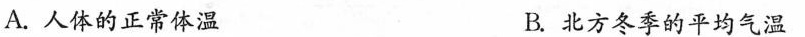
A.人体的正常体温 B.北方冬季的平均气温